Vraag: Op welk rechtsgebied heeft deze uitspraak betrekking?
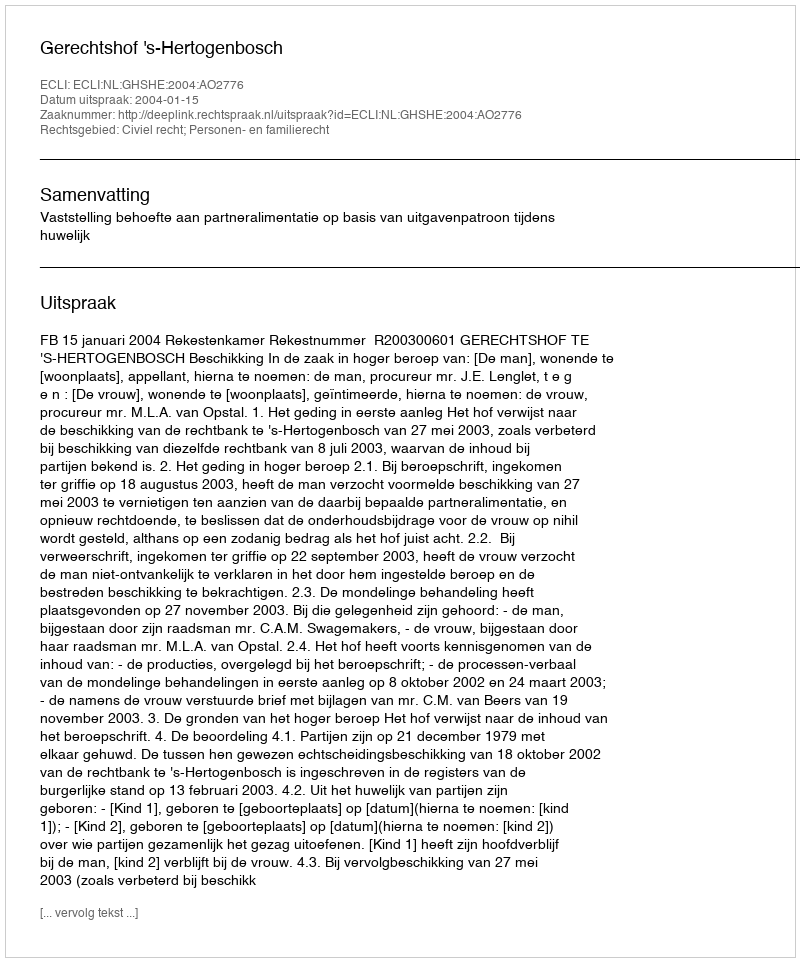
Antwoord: Civiel recht; Personen- en familierecht